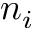
n _ { i }